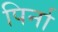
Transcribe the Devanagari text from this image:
पिर्ना